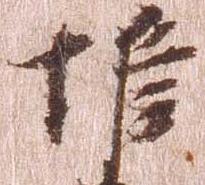
惟